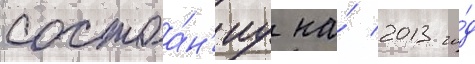
состоа́н'иу на́ 2013 го́д